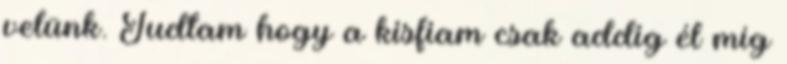
velünk. Tudtam hogy a kisfiam csak addig él míg